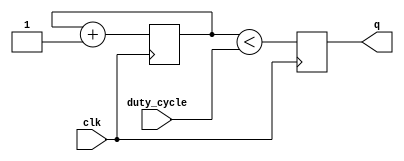
module pwm_generator(
	input clk,
	input [7:0] duty_cycle,
	output reg q
	);
	
	reg [7:0] cnt;
	
	always @(posedge clk)
	begin
		cnt <= cnt + 1;
		q <= (cnt < duty_cycle);
	end
	
endmodule